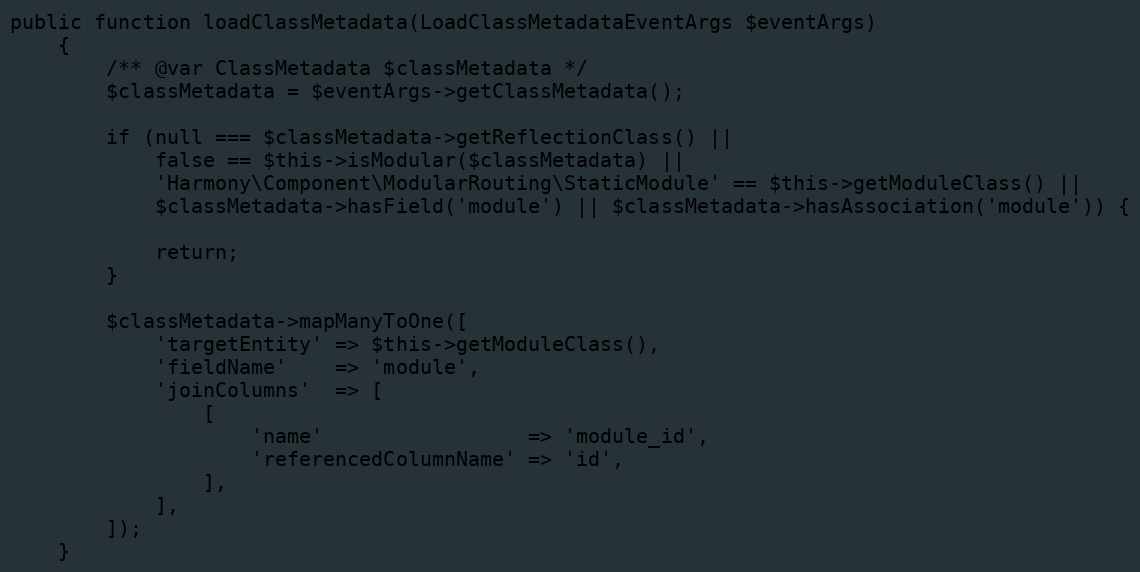
Language: PHP
public function loadClassMetadata(LoadClassMetadataEventArgs $eventArgs)
    {
        /** @var ClassMetadata $classMetadata */
        $classMetadata = $eventArgs->getClassMetadata();

        if (null === $classMetadata->getReflectionClass() ||
            false == $this->isModular($classMetadata) ||
            'Harmony\Component\ModularRouting\StaticModule' == $this->getModuleClass() ||
            $classMetadata->hasField('module') || $classMetadata->hasAssociation('module')) {

            return;
        }

        $classMetadata->mapManyToOne([
            'targetEntity' => $this->getModuleClass(),
            'fieldName'    => 'module',
            'joinColumns'  => [
                [
                    'name'                 => 'module_id',
                    'referencedColumnName' => 'id',
                ],
            ],
        ]);
    }